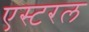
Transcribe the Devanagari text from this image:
एस्टरल